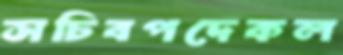
সচিবপদেকল